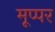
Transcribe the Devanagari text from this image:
मूप्पर